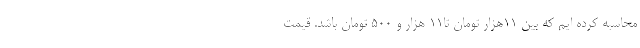
محاسبه کرده ایم که بین ۱۱هزار تومان تا۱۱ هزار و ۵۰۰ تومان باشد. قیمت